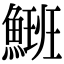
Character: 𩺡